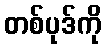
တစ်ပုဒ်ကို